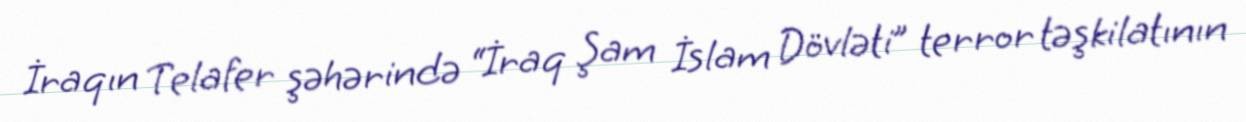
İraqın Telafer şəhərində “İraq Şam İslam Dövləti” terror təşkilatının